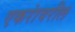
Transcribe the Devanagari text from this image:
एकरांवरील